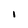
Character: i